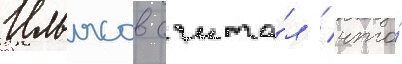
Ильясов счита́л / что́